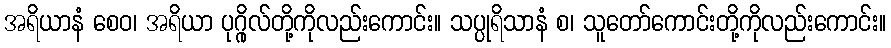
အရိယာနံ စေဝ၊ အရိယာ ပုဂ္ဂိုလ်တို့ကိုလည်းကောင်း။ သပ္ပုရိသာနံ စ၊ သူတော်ကောင်းတို့ကိုလည်းကောင်း။